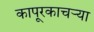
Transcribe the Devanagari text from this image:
कापूरकाचऱ्या